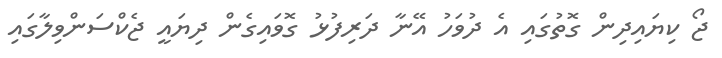
ޖޯ ކިޔައިދިން ގޮތުގައި އެ ދުވަހު އޭނާ ދަރިފުޅު ގޮވައިގެން ދިޔައީ ޖެކްސަންވިލާގައި